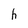
Character: h